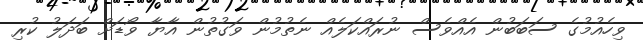
ވިހެއުމުގެ ސަބަބުން އެއްވެސް ނުރައްކަލެއް ނެތުމުން ވަގުތުން އާޔާ ވޯޑަށް ބަދަލު ކުރި